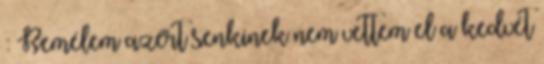
: Remélem azért senkinek nem vettem el a kedvét